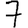
Digit: 7